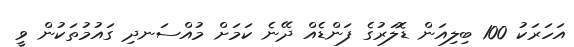
އަހަރަކު 100 ބިލިއަން ޑޮލަރުގެ ފަންޑެއް ދޭނެ ކަމަށް މުއްސަނދި ގައުމުތަކުން ވީ